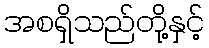
အစရှိသည်တို့နှင့်